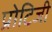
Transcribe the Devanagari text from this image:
प्रोटिजी